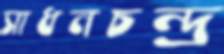
সাধনচন্দ্র